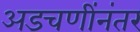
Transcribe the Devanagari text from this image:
अडचणींनंतर